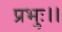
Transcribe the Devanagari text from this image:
प्रभुः।।